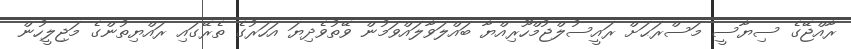
ރާއްޖޭގެ ސިޔާސީ މަސްރަޙަށް ރައީސުލްޖުމްހޫރިއްޔާ ބައްލަވާލައްވަމުން ވޭތުވެދިޔަ އަހަރުގެ ތެރޭގައި ރައްޔިތުންގެ މަޖިލީހުން